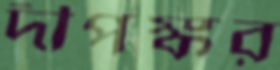
দীপঙ্কর